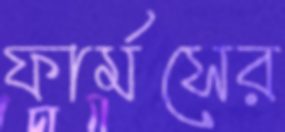
ফার্মসের